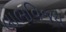
લાભવિજય